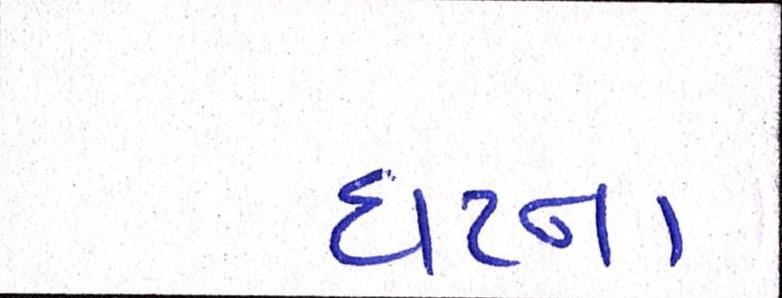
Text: ઘટના